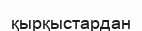
қырқыстардан